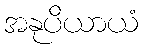
အနုပိယာယံ